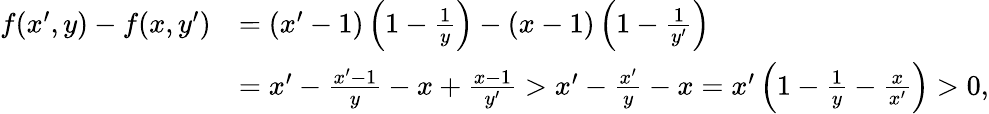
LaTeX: \begin{array}{rl}{f(x^{\prime},y)-f(x,y^{\prime})}&{=\left(x^{\prime}-1\right)\left(1-\frac{1}{y}\right)-\left(x-1\right)\left(1-\frac{1}{y^{\prime}}\right)}\\ &{=x^{\prime}-\frac{x^{\prime}-1}{y}-x+\frac{x-1}{y^{\prime}}>x^{\prime}-\frac{x^{\prime}}{y}-x=x^{\prime}\left(1-\frac{1}{y}-\frac{x}{x^{\prime}}\right)>0,}\end{array}